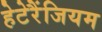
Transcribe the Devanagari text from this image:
हेटेरैंजियम